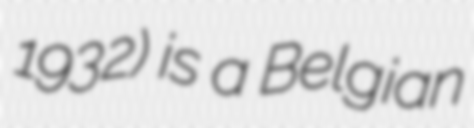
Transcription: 1932) is a Belgian